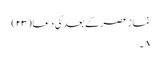
نماز عصرکے بعد کی دعا (۲۳)
۸ ۔